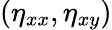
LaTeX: (\eta_{xx},\eta_{xy})